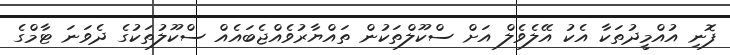
ފޮނި އުއްމީދުތަކާ އެކު އޭލެވެލް އަށް ސްކޫލްތަކުން ތައްޔާރުވެއްޖެބައެއް ސްކޫލުތަކުގެ ދެވަނަ ޓާމްގެ